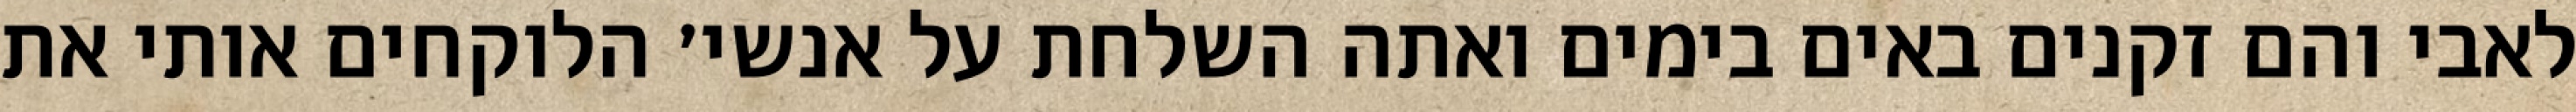
לאבי והם זקנים באים בימים ואתה השלחת על אנשי׳ הלוקחים אותי את